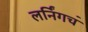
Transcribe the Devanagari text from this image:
लर्निंगचं